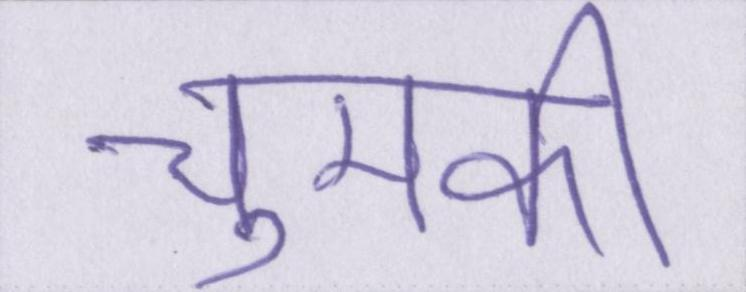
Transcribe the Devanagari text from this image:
चुमकी